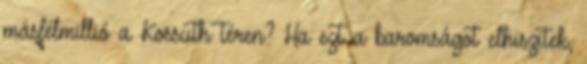
másfélmillió a Kossuth téren? Ha ezt a baromságot elhiszitek,